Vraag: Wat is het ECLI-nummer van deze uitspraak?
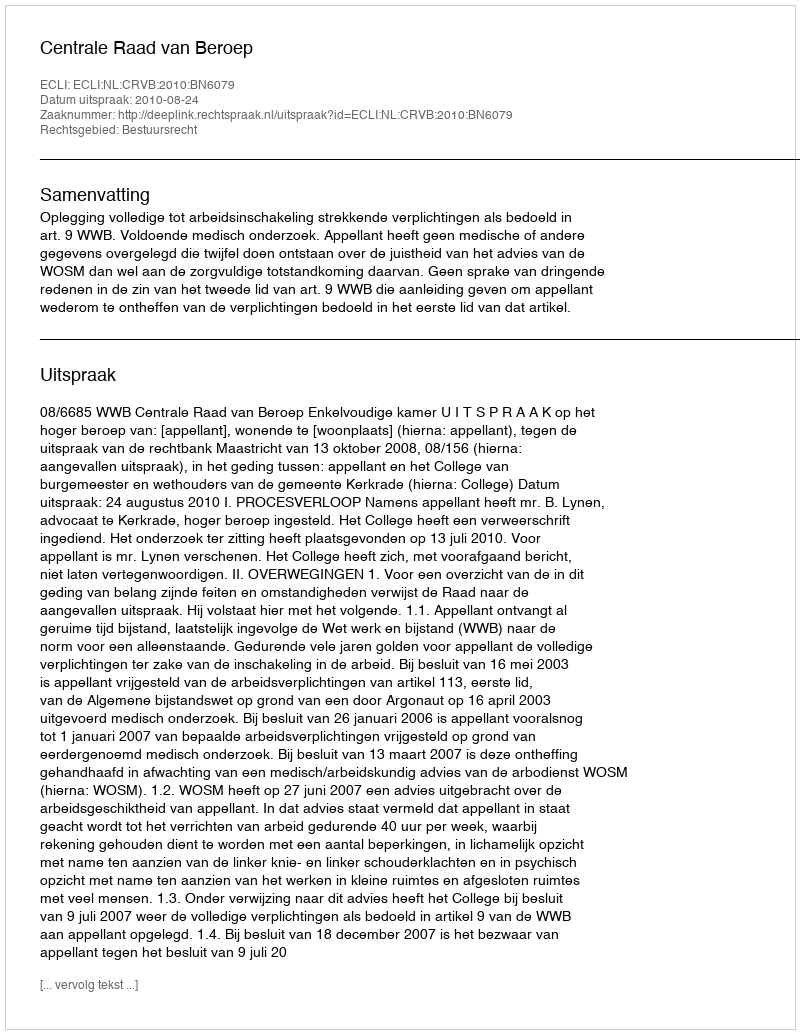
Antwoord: ECLI:NL:CRVB:2010:BN6079